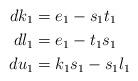
LaTeX: \begin{align*} dk_1 &= e_1 - s_1 t_1 \\ dl_1 &= e_1 - t_1 s_1 \\ du_1 &= k_1 s_1 - s_1 l_1 \end{align*}